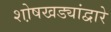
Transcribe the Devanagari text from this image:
शो़षखड्यांद्वारे